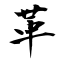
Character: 革